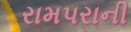
રામપરાની